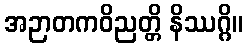
အဉာတကဝိညတ္တိ နိဿဂ္ဂိ။